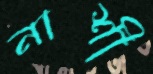
নাশী